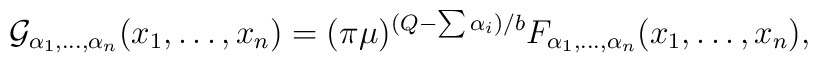
{\cal G}_{\alpha_1,\ldots,\alpha_n}(x_1,\ldots,x_n) =(\pi\mu)^{(Q-\sum\alpha_i)/b} F_{\alpha_1,\ldots,\alpha_n}(x_1,\ldots,x_n),